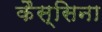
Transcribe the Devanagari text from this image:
कैस्सिना